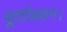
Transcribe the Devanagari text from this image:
धूर्ताख्यान।